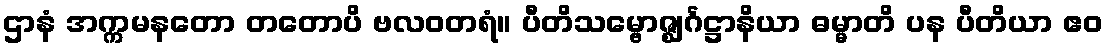
ဌာနံ အက္ကမနတော တတောပိ ဗလဝတရံ။ ပီတိသမ္ဗောဇ္ဈင်္ဂဋ္ဌာနိယာ ဓမ္မာတိ ပန ပီတိယာ ဧဝ